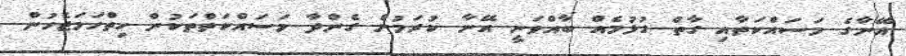
އޭނާގެ މަސައްކަތާއި ގާތް ގުޅުމެއް ބާއްވަނީ އޭނާ ކުރަމުން ގެންދާ މަސައްކަތްތަކުން ހިތްހަމަޖެހުން